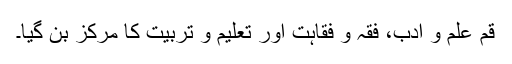
قم علم و ادب، فقہ و فقاہت اور تعلیم و تربیت کا مرکز بن گیا۔